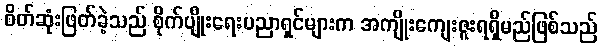
စိတ်ဆုံးဖြတ်ခဲ့သည် စိုက်ပျိုးရေးပညာရှင်များက အကျိုးကျေးဇူးရရှိမည်ဖြစ်သည်